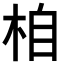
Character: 𣑉